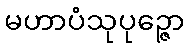
မဟာပံသုပုဉ္ဇော